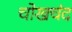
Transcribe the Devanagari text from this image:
चोखचंद